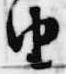
由